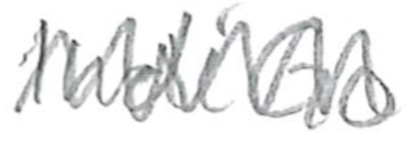
Text: IndiGo
Cross-out: zig-zag
Writing tool: pencil